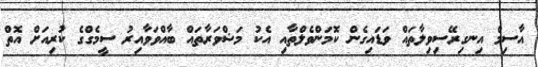
އާސިމް އިނގިރޭސިވިލާތައް ވަޑައިގެން ކޮމަންވެލްތާއި އެކު މަޝްވަރާތައް ބާއްވަވާއިރު ސީމެގްގެ ކުރިއަށް އޮތް